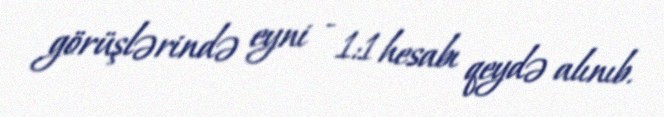
görüşlərində eyni - 1:1 hesabı qeydə alınıb.